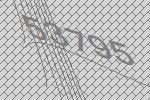
53795